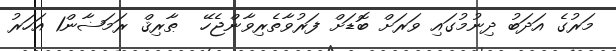
މަރުގެ އަދަބު ދިނުމުގައި ވަރަށް ބޮޑަށް ފަރުވާތެރިވާންޖެހޭ  ޠާރިޤް ރަމަޟާން1 އަހަރު